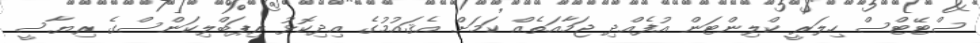
ސްޓޭޓްސް ހިލަރީ ކްލިންޓަން އުފެއްދި ޖަމާއަތެއް ކަމަށް އެޤައުމުގެ އިދިކޮޅު ރިޕަބްލިކަންސްގެ ރިޔާސީ